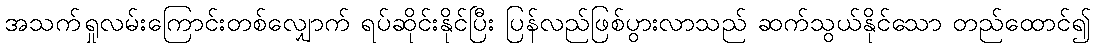
အသက်ရှုလမ်းကြောင်းတစ်လျှောက် ရပ်ဆိုင်းနိုင်ပြီး ပြန်လည်ဖြစ်ပွားလာသည် ဆက်သွယ်နိုင်သော တည်ထောင်၍